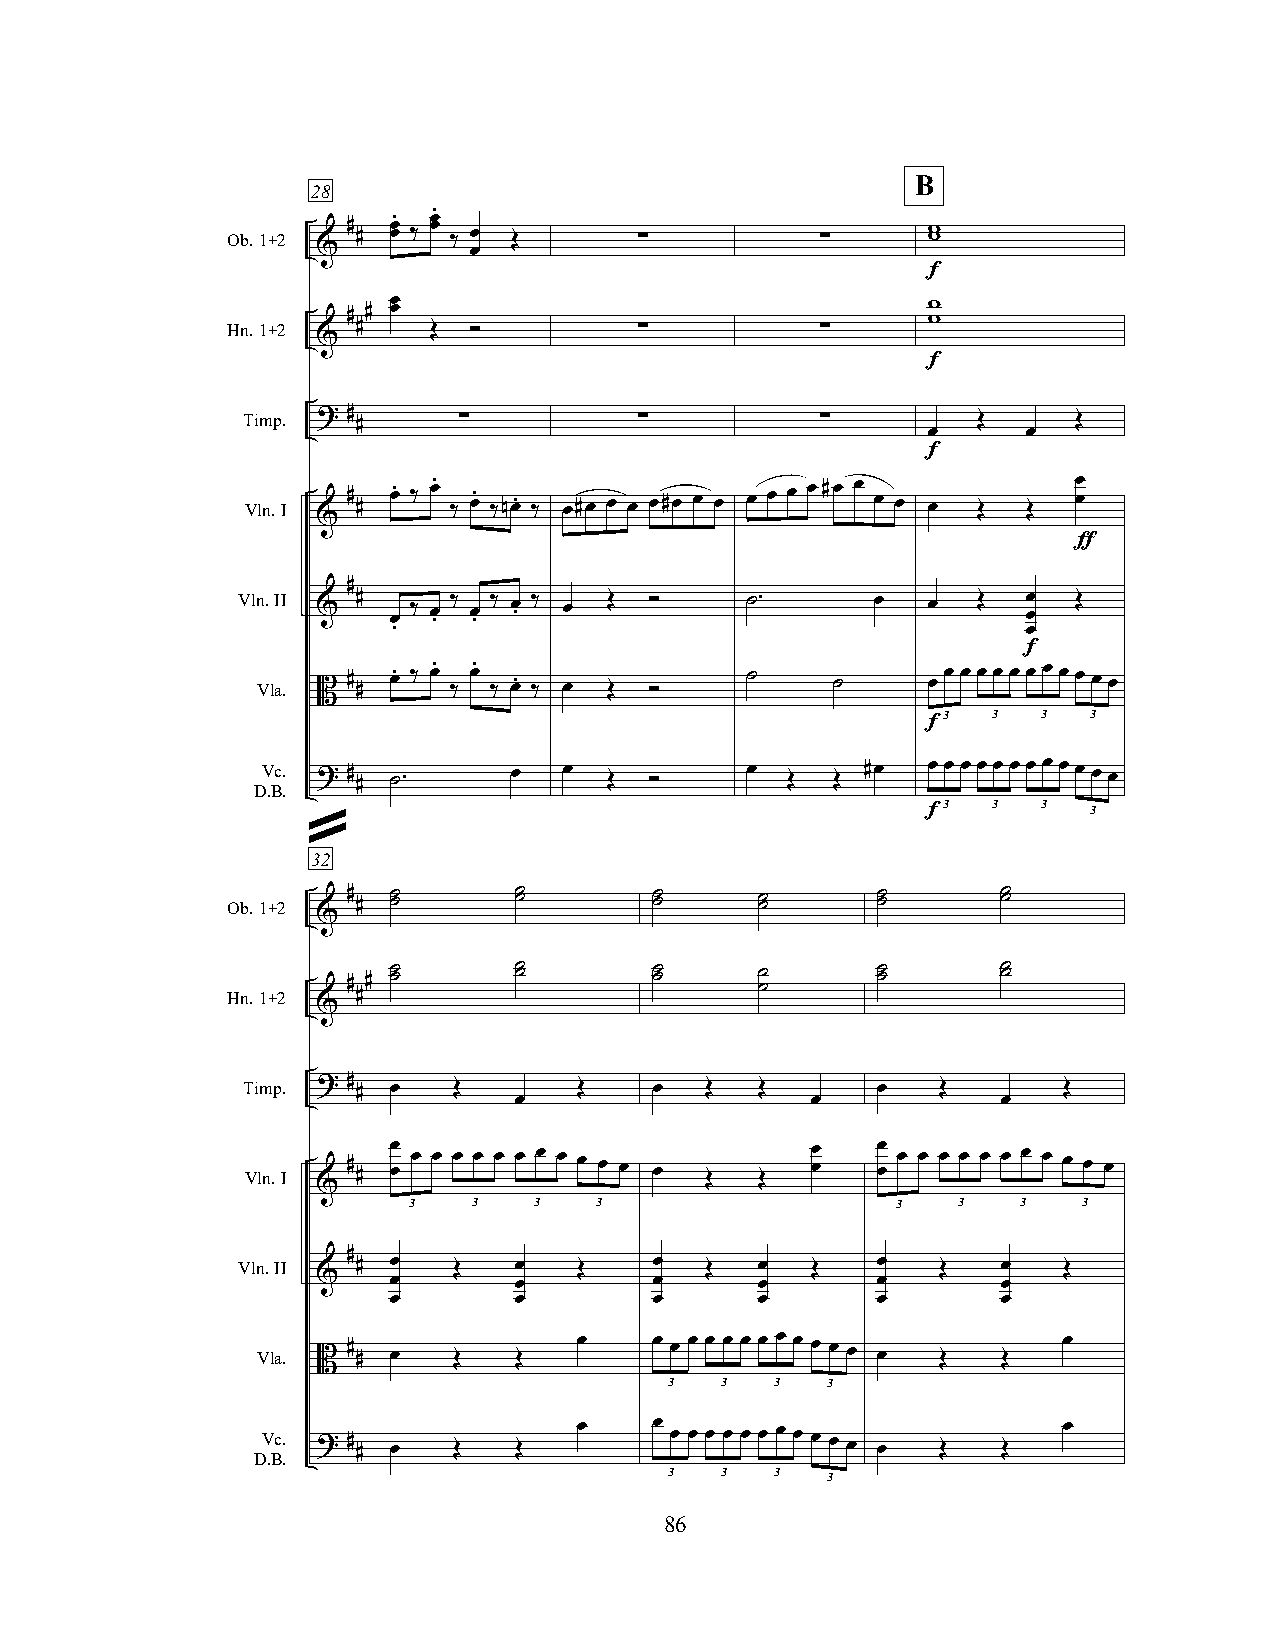
B
 28
 .
 . œ
 Ob.1+2  # # œ œ ‰ œ ‰ œ Œ  ∑           ∑      w w
 &         œ
 f
 Hn.1+2  # ## œ œ
 Œ  ”          ∑           ∑
 w w
 &
 f
 Timp. ? #
 #     ∑           ∑           ∑          Œ     Œ
 œ      œ
 f
 Vln.I  # # œ. ‰ œ. ‰ œ. ‰nœ. ‰ œ#œ œ œ œ#œ œ œ œ œ œ œ#œ œ œ œ œ Œ Œ œ œ
 &
 ƒ
 #
 Vln.II & # œ ‰ œ . ‰ œ . ‰ œ . ‰ œ Œ ” ˙. œ  œ   Œ  œ œ Œ
 .                                         œ
 f
 Vla. B # # œ. ‰ œ. ‰ œ. ‰ œ. ‰ œ Œ ” ˙ ˙    œ œ œ œ œ œ œ œ œ œ œ œ
 3   3  3  3
 f
 DV .Bc. . ? # # ˙. œ œ Œ  ”     œ  Œ  Œ #œ  œ œ œ œ œ œ œ œ œ œ œ œ
 3   3  3  3
 f
 »
 32
 Ob.1+2  # # ˙ ˙    ˙ ˙      ˙ ˙    ˙ ˙     ˙ ˙     ˙ ˙
 &
 Hn.1+2  # ## ˙ ˙   ˙ ˙      ˙ ˙    ˙ ˙     ˙ ˙     ˙ ˙
 &
 Timp. ? #
 # œ   Œ       Œ    œ   Œ  Œ       œ   Œ       Œ
 œ                   œ           œ
 Vln.I  # # œ œ œ œ œ œ œ œ œ œ œ œ œ œ Œ Œ œ œ œ œ œ œ œ œ œ œ œ œ œ œ œ
 &
 3   3   3   3                   3   3    3   3
 #
 Vln.II  # œ   Œ   œ   Œ    œ   Œ  œ   Œ   œ   Œ   œ   Œ
 &    œ       œ        œ      œ       œ       œ
 œ       œ        œ      œ       œ       œ
 Vla. B # # œ Œ   Œ   œ    œ œ œ œ œ œ œ œ œ œ œ œ œ Œ Œ œ
 3   3  3   3
 DV .Bc. . ? # # œ Œ Œ œ   œ œ œ œ œ œ œ œ œ œ œ œ œ Œ Œ œ
 3   3  3   3
 86